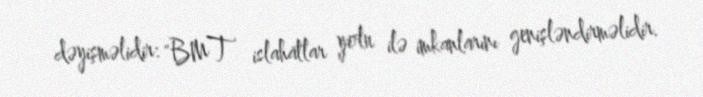
dəyişməlidir: "BMT islahatlar yolu ilə imkanlarını genişləndirməlidir.